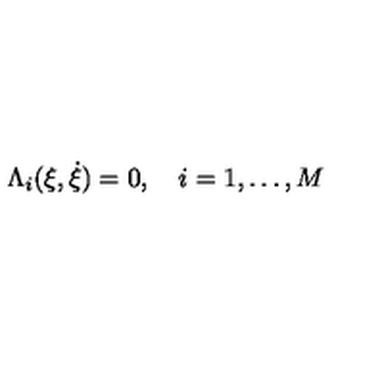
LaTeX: \Lambda _ { i } ( \xi , \dot { \xi } ) = 0 , \quad i = 1 , \dots , M